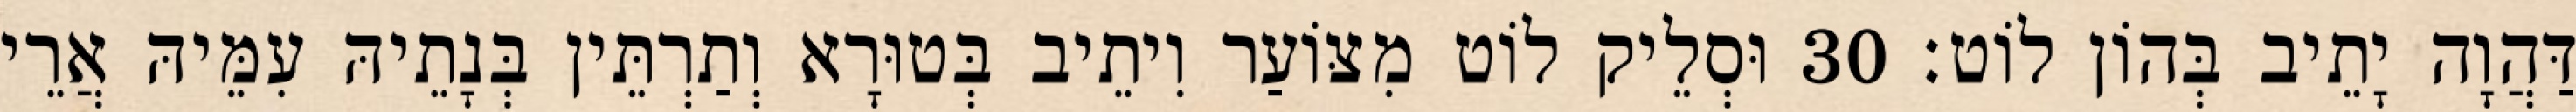
דַּהֲוָה יָתֵיב בְּהוֹן לוֹט׃ 30 וּסְלֵיק לוֹט מִצּוֹעַר וִיתֵיב בְּטוּרָא וְתַרְתֵּין בְּנָתֵיהּ עִמֵּיהּ אֲרֵי